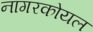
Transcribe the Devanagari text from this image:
नागरकोयल